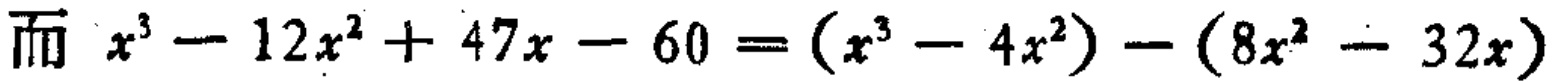
而 \(x^{3}-12x^{2}+47x - 60=(x^{3}-4x^{2})-(8x^{2}-32x)\)